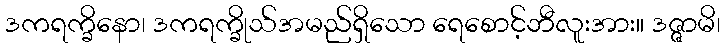
ဒကရက္ခိနော၊ ဒကရက္ခိုသ်အမည်ရှိသော ရေစောင့်ဘီလူးအား။ ဒဇ္ဇာမိ၊